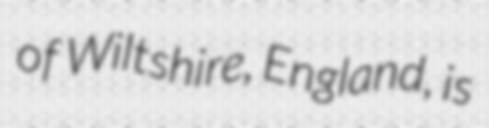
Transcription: of Wiltshire, England, is